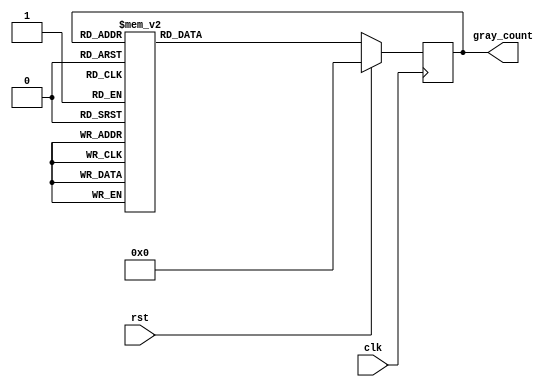
module gray_counter (
  input wire clk,
  input wire rst,
  output reg [3:0] gray_count
);

reg [3:0] current_count;
reg [3:0] next_count;

always @(posedge clk) begin
  if (rst) begin
    current_count <= 4'b0000;
  end else begin
    current_count <= next_count;
  end
end

always @* begin
  case (current_count)
    4'b0000: next_count = 4'b0001;
    4'b0001: next_count = 4'b0011;
    4'b0011: next_count = 4'b0010;
    4'b0010: next_count = 4'b0110;
    4'b0110: next_count = 4'b0111;
    4'b0111: next_count = 4'b0101;
    4'b0101: next_count = 4'b0100;
    4'b0100: next_count = 4'b1100;
    4'b1100: next_count = 4'b1101;
    4'b1101: next_count = 4'b1111;
    4'b1111: next_count = 4'b1110;
    4'b1110: next_count = 4'b1010;
    4'b1010: next_count = 4'b1011;
    4'b1011: next_count = 4'b1001;
    4'b1001: next_count = 4'b1000;
    4'b1000: next_count = 4'b0000;
  endcase
end

assign gray_count = current_count;

endmodule